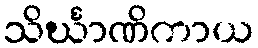
သိင်္ဃာဏိကာယ